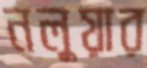
নলুয়ার